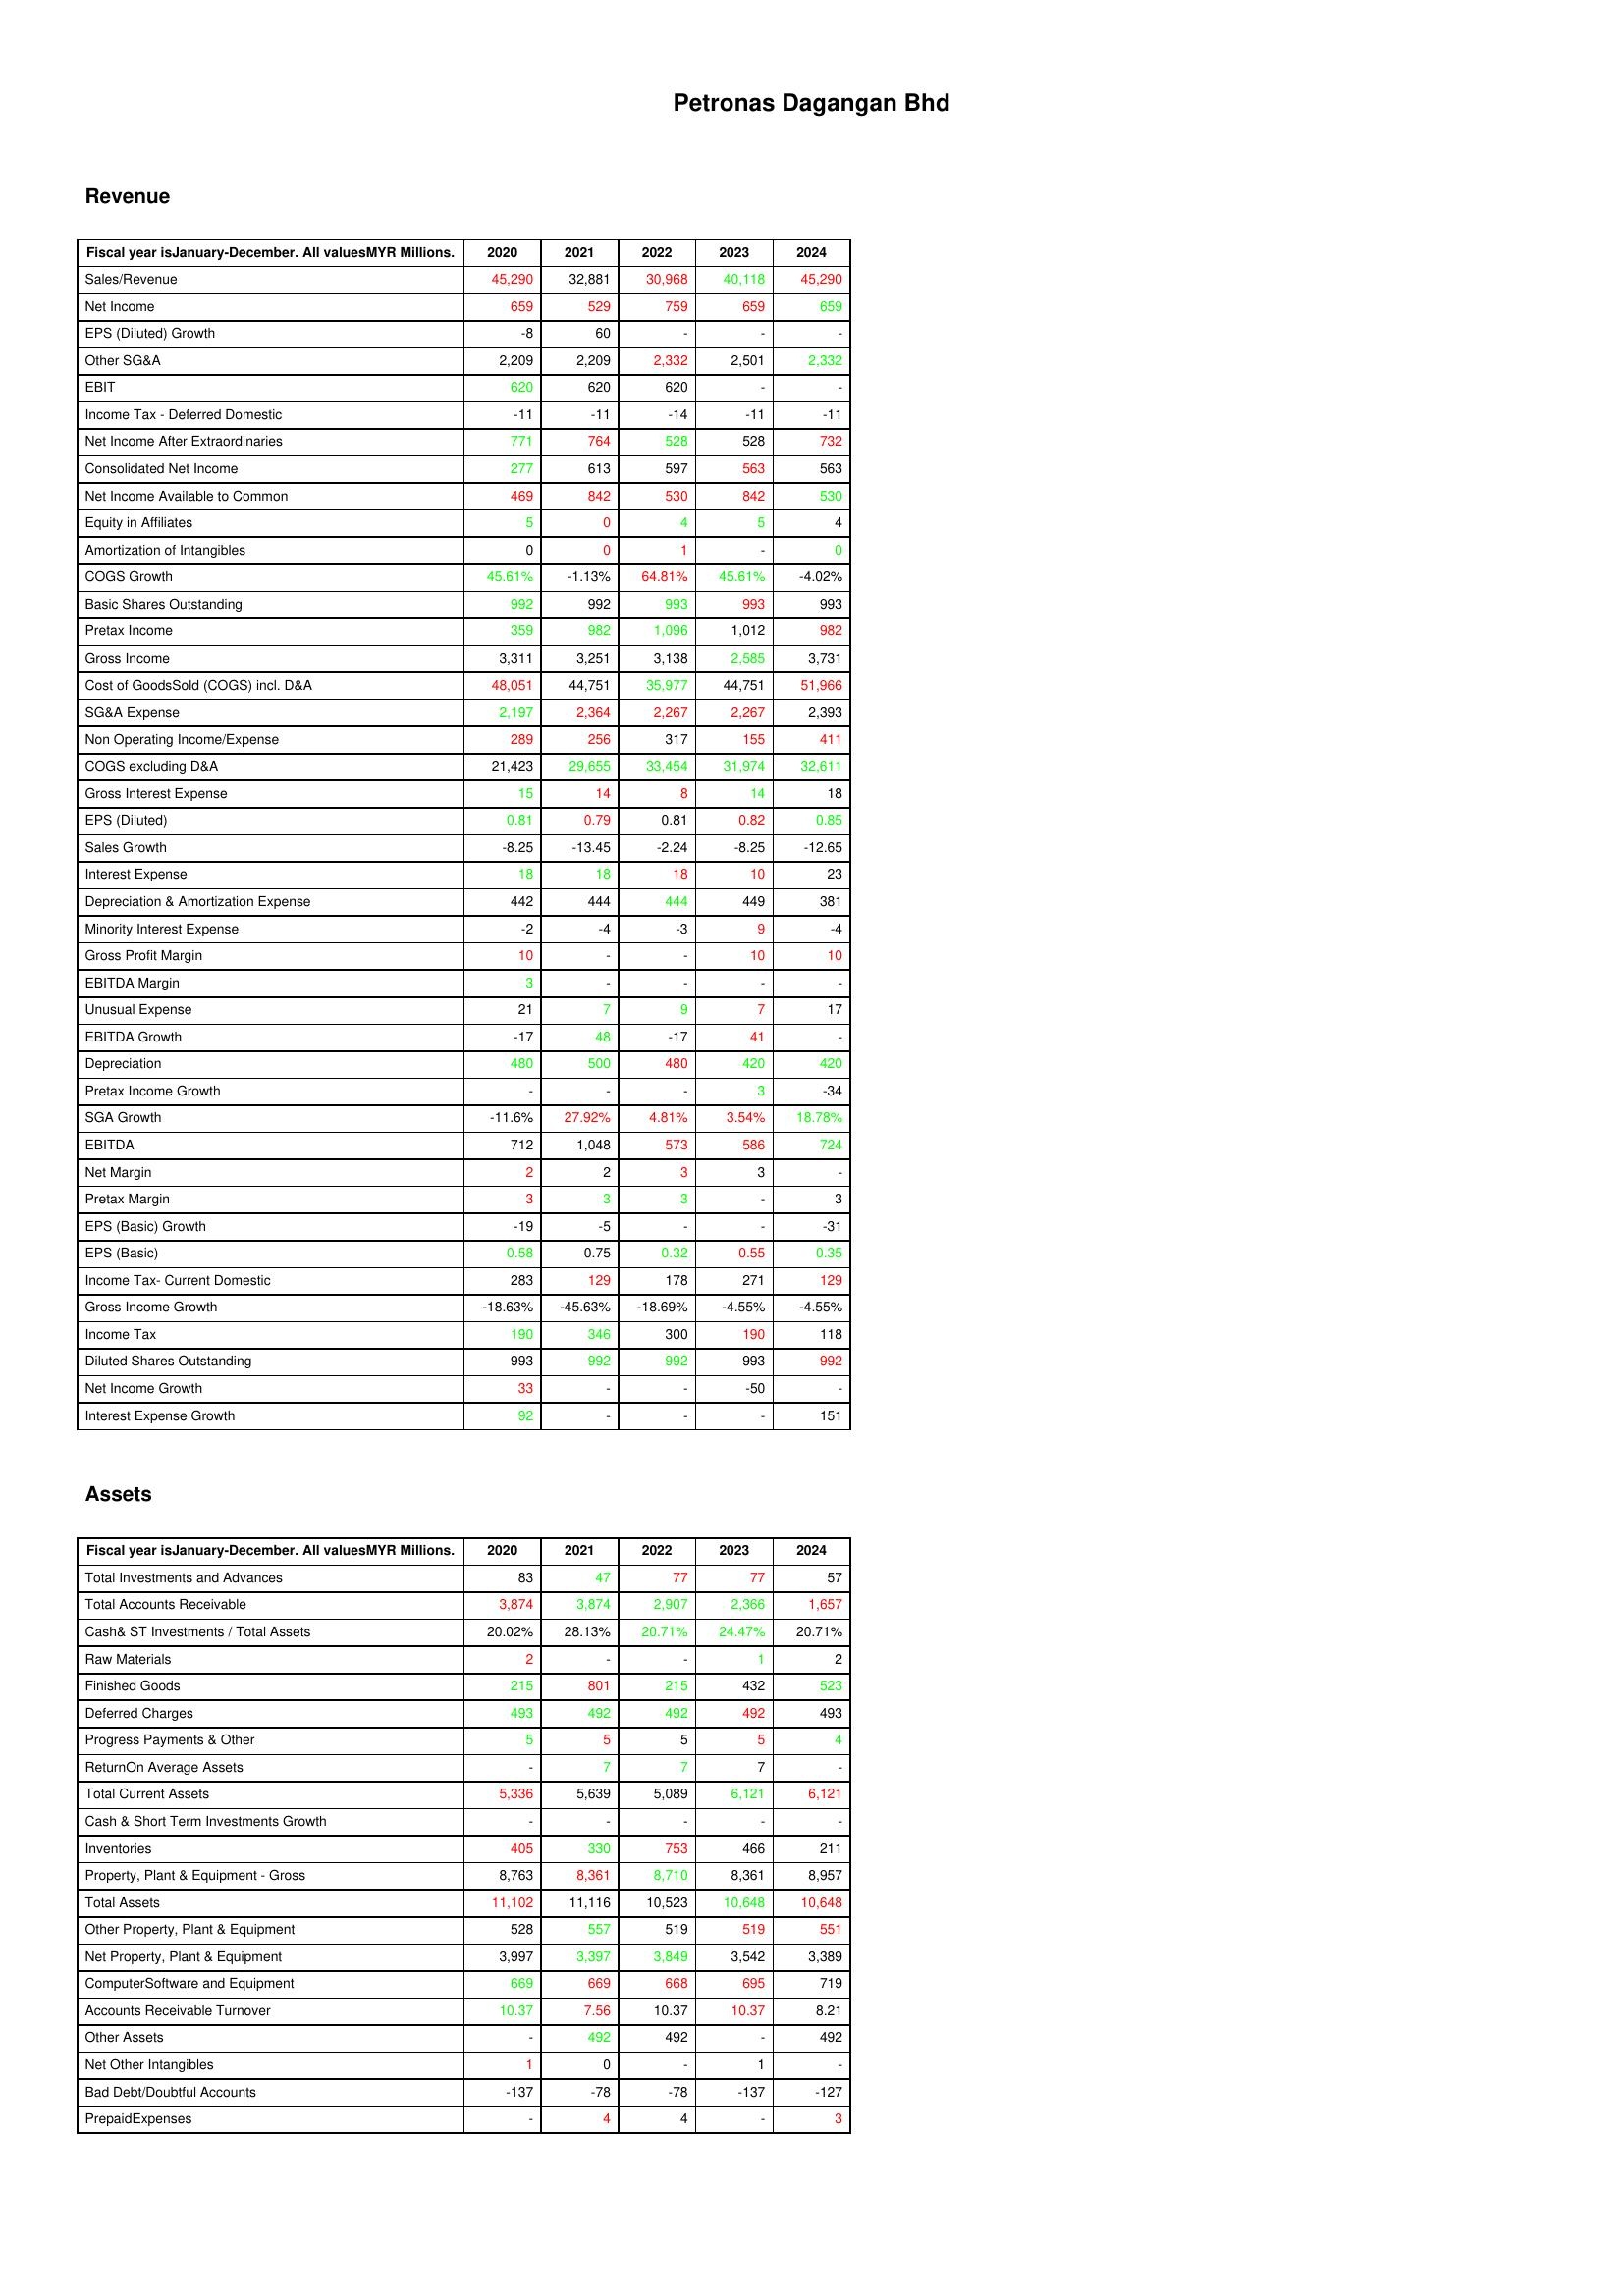
gt_parse: 2020: Revenue: Sales/Revenue: 45,290
Net Income: 659
EPS (Diluted) Growth: -8
Other SG&A: 2,209
EBIT: 620
Income Tax - Deferred Domestic: -11
Net Income After Extraordinaries: 771
Consolidated Net Income: 277
Net Income Available to Common: 469
Equity in Affiliates: 5
Amortization of Intangibles: 0
COGS Growth: 45.61%
Basic Shares Outstanding: 992
Pretax Income: 359
Gross Income: 3,311
Cost of GoodsSold (COGS) incl. D&A: 48,051
SG&A Expense: 2,197
Non Operating Income/Expense: 289
COGS excluding D&A: 21,423
Gross Interest Expense: 15
EPS (Diluted): 0.81
Sales Growth: -8.25
Interest Expense: 18
Depreciation & Amortization Expense: 442
Minority Interest Expense: -2
Gross Profit Margin: 10
EBITDA Margin: 3
Unusual Expense: 21
EBITDA Growth: -17
Depreciation: 480
Pretax Income Growth: -
SGA Growth: -11.6%
EBITDA: 712
Net Margin: 2
Pretax Margin: 3
EPS (Basic) Growth: -19
EPS (Basic): 0.58
Income Tax- Current Domestic: 283
Gross Income Growth: -18.63%
Income Tax: 190
Diluted Shares Outstanding: 993
Net Income Growth: 33
Interest Expense Growth: 92
Assets: Total Investments and Advances: 83
Total Accounts Receivable: 3,874
Cash& ST Investments / Total Assets: 20.02%
Raw Materials: 2
Finished Goods: 215
Deferred Charges: 493
Progress Payments & Other: 5
ReturnOn Average Assets: -
Total Current Assets: 5,336
Cash & Short Term Investments Growth: -
Inventories: 405
Property, Plant & Equipment - Gross : 8,763
Total Assets: 11,102
Other Property, Plant & Equipment: 528
Net Property, Plant & Equipment: 3,997
ComputerSoftware and Equipment: 669
Accounts Receivable Turnover: 10.37
Other Assets: -
Net Other Intangibles: 1
Bad Debt/Doubtful Accounts: -137
PrepaidExpenses: -
2021: Revenue: Sales/Revenue: 32,881
Net Income: 529
EPS (Diluted) Growth: 60
Other SG&A: 2,209
EBIT: 620
Income Tax - Deferred Domestic: -11
Net Income After Extraordinaries: 764
Consolidated Net Income: 613
Net Income Available to Common: 842
Equity in Affiliates: 0
Amortization of Intangibles: 0
COGS Growth: -1.13%
Basic Shares Outstanding: 992
Pretax Income: 982
Gross Income: 3,251
Cost of GoodsSold (COGS) incl. D&A: 44,751
SG&A Expense: 2,364
Non Operating Income/Expense: 256
COGS excluding D&A: 29,655
Gross Interest Expense: 14
EPS (Diluted): 0.79
Sales Growth: -13.45
Interest Expense: 18
Depreciation & Amortization Expense: 444
Minority Interest Expense: -4
Gross Profit Margin: -
EBITDA Margin: -
Unusual Expense: 7
EBITDA Growth: 48
Depreciation: 500
Pretax Income Growth: -
SGA Growth: 27.92%
EBITDA: 1,048
Net Margin: 2
Pretax Margin: 3
EPS (Basic) Growth: -5
EPS (Basic): 0.75
Income Tax- Current Domestic: 129
Gross Income Growth: -45.63%
Income Tax: 346
Diluted Shares Outstanding: 992
Net Income Growth: -
Interest Expense Growth: -
Assets: Total Investments and Advances: 47
Total Accounts Receivable: 3,874
Cash& ST Investments / Total Assets: 28.13%
Raw Materials: -
Finished Goods: 801
Deferred Charges: 492
Progress Payments & Other: 5
ReturnOn Average Assets: 7
Total Current Assets: 5,639
Cash & Short Term Investments Growth: -
Inventories: 330
Property, Plant & Equipment - Gross : 8,361
Total Assets: 11,116
Other Property, Plant & Equipment: 557
Net Property, Plant & Equipment: 3,397
ComputerSoftware and Equipment: 669
Accounts Receivable Turnover: 7.56
Other Assets: 492
Net Other Intangibles: 0
Bad Debt/Doubtful Accounts: -78
PrepaidExpenses: 4
2022: Revenue: Sales/Revenue: 30,968
Net Income: 759
EPS (Diluted) Growth: -
Other SG&A: 2,332
EBIT: 620
Income Tax - Deferred Domestic: -14
Net Income After Extraordinaries: 528
Consolidated Net Income: 597
Net Income Available to Common: 530
Equity in Affiliates: 4
Amortization of Intangibles: 1
COGS Growth: 64.81%
Basic Shares Outstanding: 993
Pretax Income: 1,096
Gross Income: 3,138
Cost of GoodsSold (COGS) incl. D&A: 35,977
SG&A Expense: 2,267
Non Operating Income/Expense: 317
COGS excluding D&A: 33,454
Gross Interest Expense: 8
EPS (Diluted): 0.81
Sales Growth: -2.24
Interest Expense: 18
Depreciation & Amortization Expense: 444
Minority Interest Expense: -3
Gross Profit Margin: -
EBITDA Margin: -
Unusual Expense: 9
EBITDA Growth: -17
Depreciation: 480
Pretax Income Growth: -
SGA Growth: 4.81%
EBITDA: 573
Net Margin: 3
Pretax Margin: 3
EPS (Basic) Growth: -
EPS (Basic): 0.32
Income Tax- Current Domestic: 178
Gross Income Growth: -18.69%
Income Tax: 300
Diluted Shares Outstanding: 992
Net Income Growth: -
Interest Expense Growth: -
Assets: Total Investments and Advances: 77
Total Accounts Receivable: 2,907
Cash& ST Investments / Total Assets: 20.71%
Raw Materials: -
Finished Goods: 215
Deferred Charges: 492
Progress Payments & Other: 5
ReturnOn Average Assets: 7
Total Current Assets: 5,089
Cash & Short Term Investments Growth: -
Inventories: 753
Property, Plant & Equipment - Gross : 8,710
Total Assets: 10,523
Other Property, Plant & Equipment: 519
Net Property, Plant & Equipment: 3,849
ComputerSoftware and Equipment: 668
Accounts Receivable Turnover: 10.37
Other Assets: 492
Net Other Intangibles: -
Bad Debt/Doubtful Accounts: -78
PrepaidExpenses: 4
2023: Revenue: Sales/Revenue: 40,118
Net Income: 659
EPS (Diluted) Growth: -
Other SG&A: 2,501
EBIT: -
Income Tax - Deferred Domestic: -11
Net Income After Extraordinaries: 528
Consolidated Net Income: 563
Net Income Available to Common: 842
Equity in Affiliates: 5
Amortization of Intangibles: -
COGS Growth: 45.61%
Basic Shares Outstanding: 993
Pretax Income: 1,012
Gross Income: 2,585
Cost of GoodsSold (COGS) incl. D&A: 44,751
SG&A Expense: 2,267
Non Operating Income/Expense: 155
COGS excluding D&A: 31,974
Gross Interest Expense: 14
EPS (Diluted): 0.82
Sales Growth: -8.25
Interest Expense: 10
Depreciation & Amortization Expense: 449
Minority Interest Expense: 9
Gross Profit Margin: 10
EBITDA Margin: -
Unusual Expense: 7
EBITDA Growth: 41
Depreciation: 420
Pretax Income Growth: 3
SGA Growth: 3.54%
EBITDA: 586
Net Margin: 3
Pretax Margin: -
EPS (Basic) Growth: -
EPS (Basic): 0.55
Income Tax- Current Domestic: 271
Gross Income Growth: -4.55%
Income Tax: 190
Diluted Shares Outstanding: 993
Net Income Growth: -50
Interest Expense Growth: -
Assets: Total Investments and Advances: 77
Total Accounts Receivable: 2,366
Cash& ST Investments / Total Assets: 24.47%
Raw Materials: 1
Finished Goods: 432
Deferred Charges: 492
Progress Payments & Other: 5
ReturnOn Average Assets: 7
Total Current Assets: 6,121
Cash & Short Term Investments Growth: -
Inventories: 466
Property, Plant & Equipment - Gross : 8,361
Total Assets: 10,648
Other Property, Plant & Equipment: 519
Net Property, Plant & Equipment: 3,542
ComputerSoftware and Equipment: 695
Accounts Receivable Turnover: 10.37
Other Assets: -
Net Other Intangibles: 1
Bad Debt/Doubtful Accounts: -137
PrepaidExpenses: -
2024: Revenue: Sales/Revenue: 45,290
Net Income: 659
EPS (Diluted) Growth: -
Other SG&A: 2,332
EBIT: -
Income Tax - Deferred Domestic: -11
Net Income After Extraordinaries: 732
Consolidated Net Income: 563
Net Income Available to Common: 530
Equity in Affiliates: 4
Amortization of Intangibles: 0
COGS Growth: -4.02%
Basic Shares Outstanding: 993
Pretax Income: 982
Gross Income: 3,731
Cost of GoodsSold (COGS) incl. D&A: 51,966
SG&A Expense: 2,393
Non Operating Income/Expense: 411
COGS excluding D&A: 32,611
Gross Interest Expense: 18
EPS (Diluted): 0.85
Sales Growth: -12.65
Interest Expense: 23
Depreciation & Amortization Expense: 381
Minority Interest Expense: -4
Gross Profit Margin: 10
EBITDA Margin: -
Unusual Expense: 17
EBITDA Growth: -
Depreciation: 420
Pretax Income Growth: -34
SGA Growth: 18.78%
EBITDA: 724
Net Margin: -
Pretax Margin: 3
EPS (Basic) Growth: -31
EPS (Basic): 0.35
Income Tax- Current Domestic: 129
Gross Income Growth: -4.55%
Income Tax: 118
Diluted Shares Outstanding: 992
Net Income Growth: -
Interest Expense Growth: 151
Assets: Total Investments and Advances: 57
Total Accounts Receivable: 1,657
Cash& ST Investments / Total Assets: 20.71%
Raw Materials: 2
Finished Goods: 523
Deferred Charges: 493
Progress Payments & Other: 4
ReturnOn Average Assets: -
Total Current Assets: 6,121
Cash & Short Term Investments Growth: -
Inventories: 211
Property, Plant & Equipment - Gross : 8,957
Total Assets: 10,648
Other Property, Plant & Equipment: 551
Net Property, Plant & Equipment: 3,389
ComputerSoftware and Equipment: 719
Accounts Receivable Turnover: 8.21
Other Assets: 492
Net Other Intangibles: -
Bad Debt/Doubtful Accounts: -127
PrepaidExpenses: 3